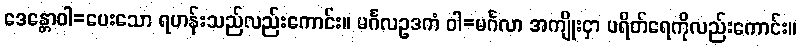
ဒေန္တောဝါ=ပေးသော ရဟန်းသည်လည်းကောင်း။ မင်္ဂလဥဒကံ ဝါ=မင်္ဂလာ အကျိုးငှာ ပရိတ်ရေကိုလည်းကောင်း။